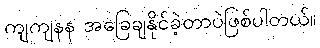
ကျကျနန အခြေချနိုင်ခဲ့တာပဲဖြစ်ပါတယ်။